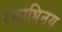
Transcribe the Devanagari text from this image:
रसाभिनय